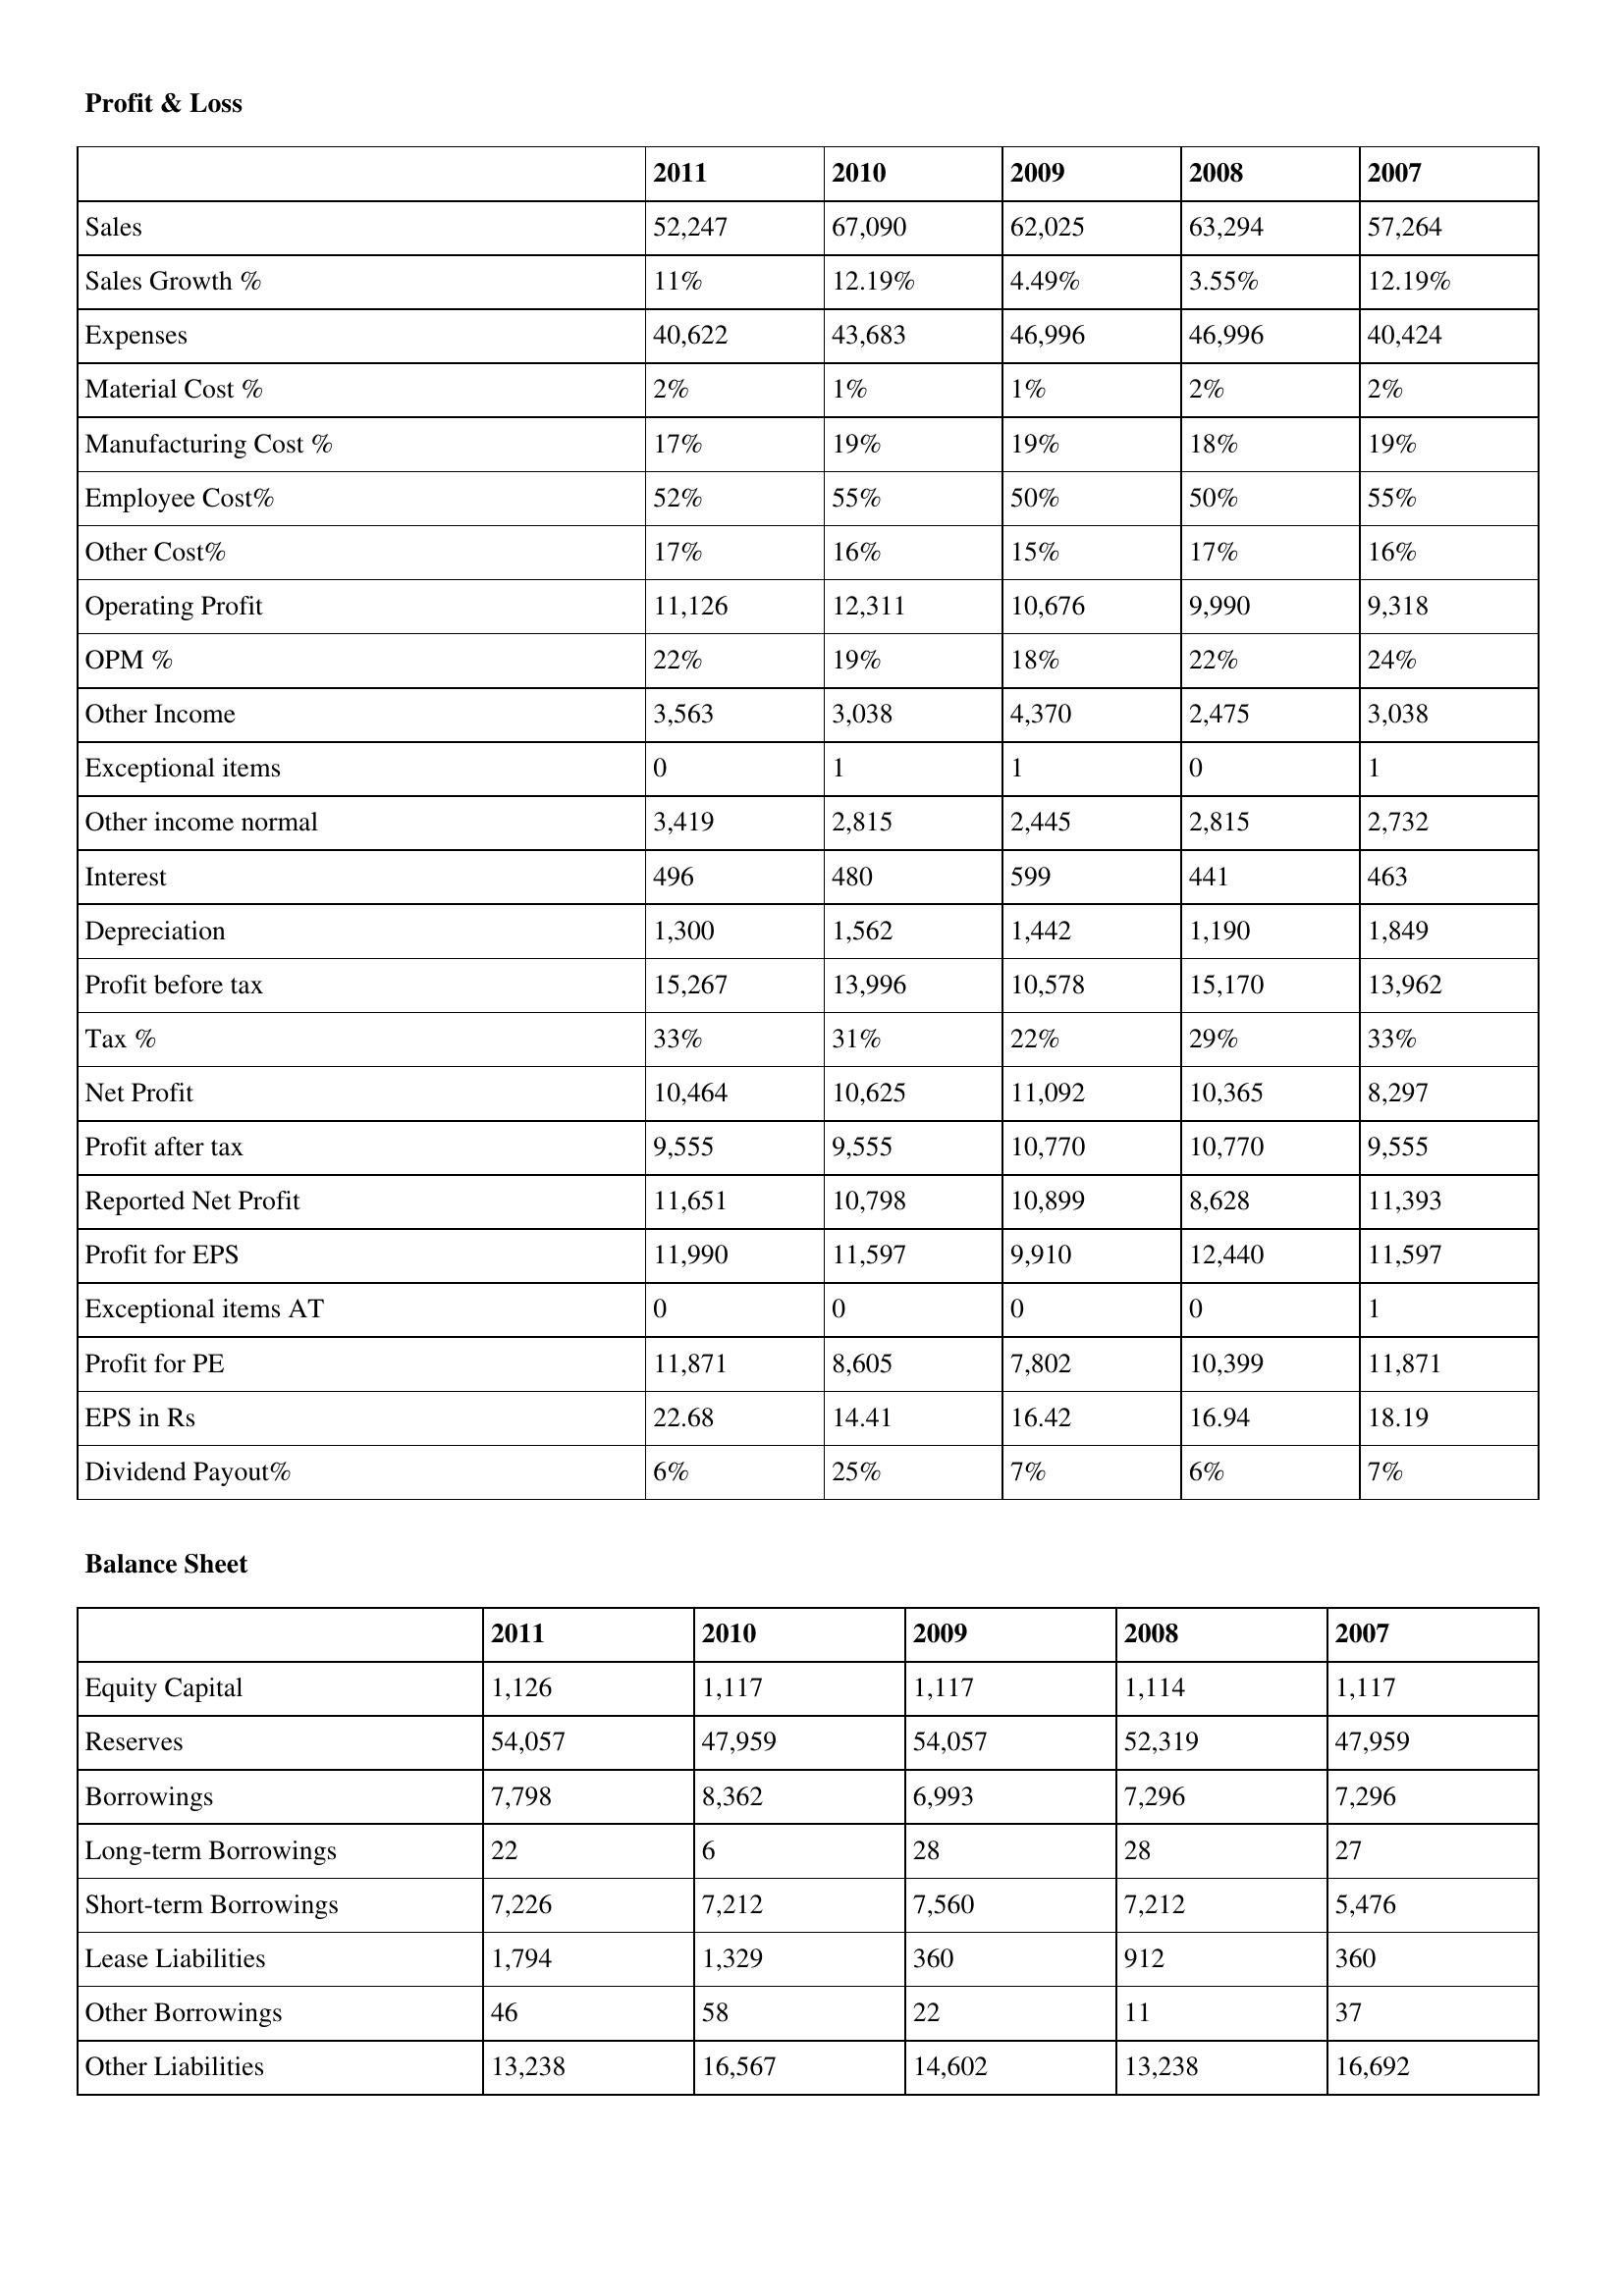
gt_parse: 2011: Profit & Loss: Sales: 52,247
Sales Growth %: 11%
Expenses: 40,622
Material Cost %: 2%
Manufacturing Cost %: 17%
Employee Cost%: 52%
Other Cost%: 17%
Operating Profit: 11,126
OPM %: 22%
Other Income: 3,563
Exceptional items: 0
Other income normal: 3,419
Interest: 496
Depreciation: 1,300
Profit before tax: 15,267
Tax %: 33%
Net Profit: 10,464
Profit after tax: 9,555
Reported Net Profit: 11,651
Profit for EPS: 11,990
Exceptional items AT: 0
Profit for PE: 11,871
EPS in Rs: 22.68
Dividend Payout%: 6%
Balance Sheet: Equity Capital: 1,126
Reserves: 54,057
Borrowings: 7,798
Long-term Borrowings: 22
Short-term Borrowings: 7,226
Lease Liabilities: 1,794
Other Borrowings: 46
Other Liabilities: 13,238
2010: Profit & Loss: Sales: 67,090
Sales Growth %: 12.19%
Expenses: 43,683
Material Cost %: 1%
Manufacturing Cost %: 19%
Employee Cost%: 55%
Other Cost%: 16%
Operating Profit: 12,311
OPM %: 19%
Other Income: 3,038
Exceptional items: 1
Other income normal: 2,815
Interest: 480
Depreciation: 1,562
Profit before tax: 13,996
Tax %: 31%
Net Profit: 10,625
Profit after tax: 9,555
Reported Net Profit: 10,798
Profit for EPS: 11,597
Exceptional items AT: 0
Profit for PE: 8,605
EPS in Rs: 14.41
Dividend Payout%: 25%
Balance Sheet: Equity Capital: 1,117
Reserves: 47,959
Borrowings: 8,362
Long-term Borrowings: 6
Short-term Borrowings: 7,212
Lease Liabilities: 1,329
Other Borrowings: 58
Other Liabilities: 16,567
2009: Profit & Loss: Sales: 62,025
Sales Growth %: 4.49%
Expenses: 46,996
Material Cost %: 1%
Manufacturing Cost %: 19%
Employee Cost%: 50%
Other Cost%: 15%
Operating Profit: 10,676
OPM %: 18%
Other Income: 4,370
Exceptional items: 1
Other income normal: 2,445
Interest: 599
Depreciation: 1,442
Profit before tax: 10,578
Tax %: 22%
Net Profit: 11,092
Profit after tax: 10,770
Reported Net Profit: 10,899
Profit for EPS: 9,910
Exceptional items AT: 0
Profit for PE: 7,802
EPS in Rs: 16.42
Dividend Payout%: 7%
Balance Sheet: Equity Capital: 1,117
Reserves: 54,057
Borrowings: 6,993
Long-term Borrowings: 28
Short-term Borrowings: 7,560
Lease Liabilities: 360
Other Borrowings: 22
Other Liabilities: 14,602
2008: Profit & Loss: Sales: 63,294
Sales Growth %: 3.55%
Expenses: 46,996
Material Cost %: 2%
Manufacturing Cost %: 18%
Employee Cost%: 50%
Other Cost%: 17%
Operating Profit: 9,990
OPM %: 22%
Other Income: 2,475
Exceptional items: 0
Other income normal: 2,815
Interest: 441
Depreciation: 1,190
Profit before tax: 15,170
Tax %: 29%
Net Profit: 10,365
Profit after tax: 10,770
Reported Net Profit: 8,628
Profit for EPS: 12,440
Exceptional items AT: 0
Profit for PE: 10,399
EPS in Rs: 16.94
Dividend Payout%: 6%
Balance Sheet: Equity Capital: 1,114
Reserves: 52,319
Borrowings: 7,296
Long-term Borrowings: 28
Short-term Borrowings: 7,212
Lease Liabilities: 912
Other Borrowings: 11
Other Liabilities: 13,238
2007: Profit & Loss: Sales: 57,264
Sales Growth %: 12.19%
Expenses: 40,424
Material Cost %: 2%
Manufacturing Cost %: 19%
Employee Cost%: 55%
Other Cost%: 16%
Operating Profit: 9,318
OPM %: 24%
Other Income: 3,038
Exceptional items: 1
Other income normal: 2,732
Interest: 463
Depreciation: 1,849
Profit before tax: 13,962
Tax %: 33%
Net Profit: 8,297
Profit after tax: 9,555
Reported Net Profit: 11,393
Profit for EPS: 11,597
Exceptional items AT: 1
Profit for PE: 11,871
EPS in Rs: 18.19
Dividend Payout%: 7%
Balance Sheet: Equity Capital: 1,117
Reserves: 47,959
Borrowings: 7,296
Long-term Borrowings: 27
Short-term Borrowings: 5,476
Lease Liabilities: 360
Other Borrowings: 37
Other Liabilities: 16,692